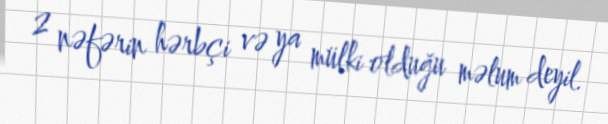
2 nəfərin hərbçi və ya mülki olduğu məlum deyil.